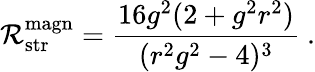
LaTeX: \mathcal{R}_{\mathrm{{str}}}^{\mathrm{{magn}}}={\frac{{16g^{2}(2+g^{2}r^{2})}}{{(r^{2}g^{2}-4)^{3}}}}\ .